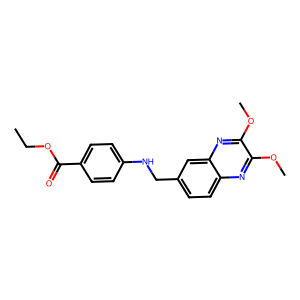
SMILES: CCOC(=O)c1ccc(NCc2ccc3nc(OC)c(OC)nc3c2)cc1
Inhibits HIV replication: No